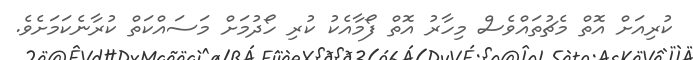
ކުރިއަށް އޮތް މެޗުތައްވެސް މިހާރު އޮތް ފޯމާއެކު ކުރި ހޯދުމަށް މަސައްކަތް ކުރާނެކަމަށެވެ.